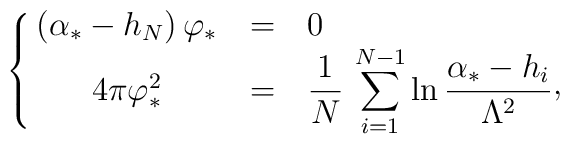
\left\{ \matrix{(\alpha_{*} -h_{N})\, \varphi_{*} &=& 0\hfill\cr4\pi \varphi_{*}^{2} &=&\displaystyle {1\over N}\,\sum_{i=1}^{N-1}\ln {\alpha_{*}-h_{i}\over\Lambda^{2}}\raise 2pt\hbox{,}\cr}\right.